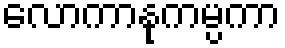
လောကာနုကမ္ပကာ